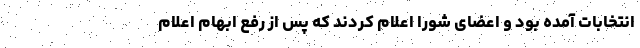
انتخابات آمده بود و اعضای شورا اعلام کردند که پس از رفع ابهام اعلام